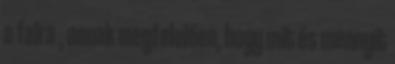
a falra , annak megfelelően, hogy mit és mennyit